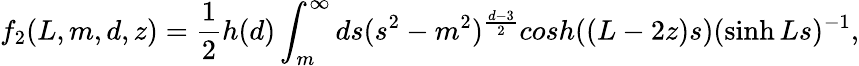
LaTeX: f_{2}(L,m,d,z)=\frac{1}{2}h(d)\int_{m}^{\infty}ds(s^{2}-m^{2})^{\frac{d-3}{2}}cosh((L-2z)s)(\sinh Ls)^{-1},